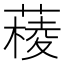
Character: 𦼊